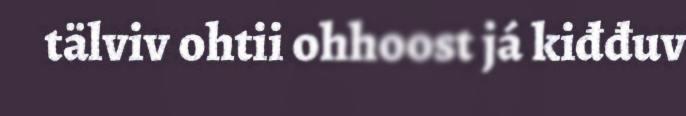
tälviv ohtii ohhoost já kiđđuv